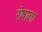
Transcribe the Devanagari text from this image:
रोषाला